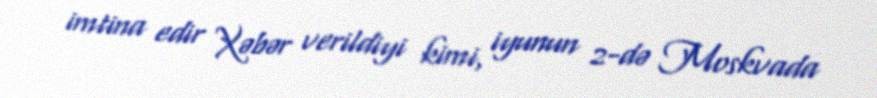
imtina edir Xəbər verildiyi kimi, iyunun 2-də Moskvada